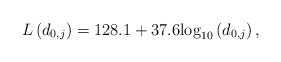
\begin{align*}L\left(d_{0,j}\right)=128.1 + 37.6{\log _{10}}\left( {{d_{{{0,j}}}}} \right),\end{align*}